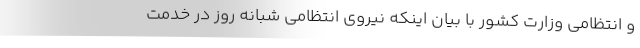
و انتظامی وزارت کشور با بیان اینکه نیروی انتظامی شبانه روز در خدمت